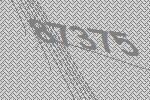
87375